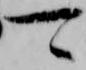
可